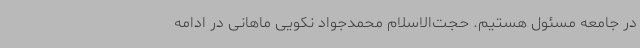
در جامعه مسئول هستیم. حجت‌الاسلام محمدجواد نکویی ماهانی در ادامه